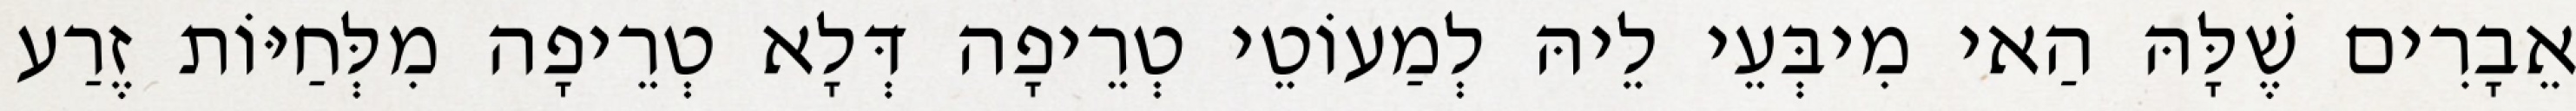
אֵבָרִים שֶׁלָּהּ הַאי מִיבְּעֵי לֵיהּ לְמַעוֹטֵי טְרֵיפָה דְּלָא טְרֵיפָה מִלְּחַיּוֹת זֶרַע